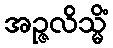
အဉ္ဇလိသ္မိံ